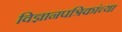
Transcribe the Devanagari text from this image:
विज्ञानपत्रिकांच्या